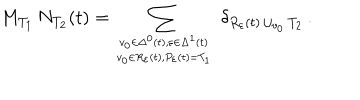
LaTeX: M _ { T _ { 1 } } \, N _ { T _ { 2 } } ( t ) = \sum _ { { v _ { 0 } \in \Delta ^ { 0 } ( t ) , \varepsilon \in \Delta ^ { 1 } ( t ) \atop v _ { 0 } \in R _ { \varepsilon } ( t ) , P _ { \varepsilon } ( t ) = T _ { 1 } } } \ \delta _ { R _ { \varepsilon } ( t ) \, \cup _ { v _ { 0 } } \, T _ { 2 } } \, .